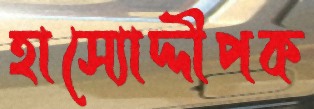
হাস্যোদ্দীপক